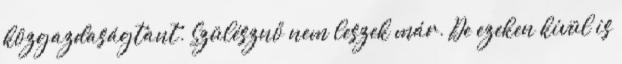
közgazdaságtant. Szülésznő nem leszek már. De ezeken kívül is